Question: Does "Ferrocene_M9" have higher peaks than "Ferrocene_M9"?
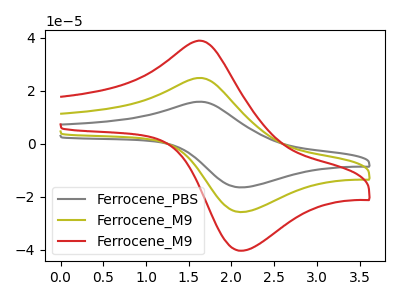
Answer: <think>The gray curve "Ferrocene_PBS" has an anodic peak at (1.60V, 49.70uA) and a cathodic peak at (2.15V, -51.60uA). The olive curve "Ferrocene_M9" has an anodic peak at (1.60V, 24.85uA) and a cathodic peak at (2.15V, -25.80uA). The red curve "Ferrocene_M9" has an anodic peak at (1.60V, 38.90uA) and a cathodic peak at (2.15V, -40.40uA).</think>
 <answer>Every peak in "Ferrocene_M9" is higher than every peak in "Ferrocene_M9".</answer>
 <eval>higher</eval>